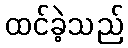
ထင်ခဲ့သည်